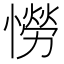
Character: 憦